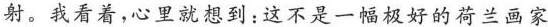
射。我有着，心里就想到；这不是一幅极好的荷兰画家